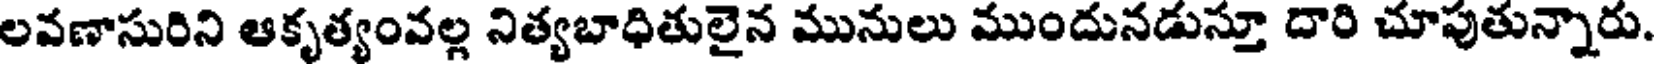
లవణాసురిని ఆకృత్యంవల్ల నిత్యబాధితులైన మునులు ముందునడుస్తూ దారి చూపుతున్నారు.